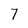
Character: 7